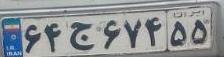
۶۴ج۶۷۴۵۵